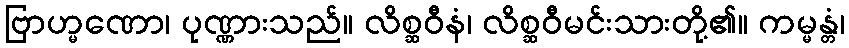
ဗြာဟ္မဏော၊ ပုဏ္ဏားသည်။ လိစ္ဆဝီနံ၊ လိစ္ဆဝီမင်းသားတို့၏။ ကမ္မန္တံ၊